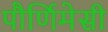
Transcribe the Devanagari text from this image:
पौर्णिमेसी